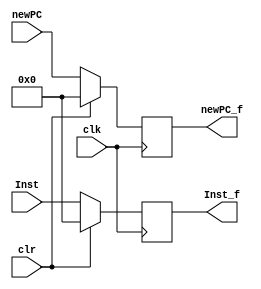
module regIF_ID
(
	input clk,
	input clr,
	input [31:0]Inst,
	input [31:0]newPC,
	output reg[31:0]Inst_f,
	output reg[31:0]newPC_f
);

always@(posedge clk)
begin
	Inst_f = Inst;
	newPC_f = newPC; 
	if(clr == 1)
	begin
		Inst_f = 0;
		newPC_f = 0;
	end
end

endmodule